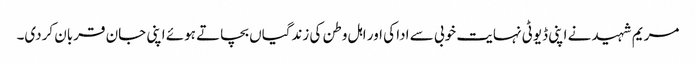
مریم شہید نے اپنی ڈیوٹی نہایت خوبی سے ادا کی اور اہل وطن کی زندگیاں بچاتے ہوئے اپنی جان قربان کردی۔